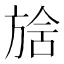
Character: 𣄅